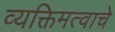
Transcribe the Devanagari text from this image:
व्यक्तिमत्वाचे